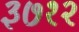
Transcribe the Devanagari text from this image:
३७१२